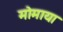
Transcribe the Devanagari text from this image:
मोमाया